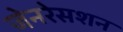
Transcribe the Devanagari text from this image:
जेनरेसशन